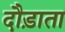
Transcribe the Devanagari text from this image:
दौड़ाता